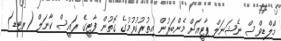
މޯލްޑިވްސް ނެޝަނަލް ޕާޓީއަށް މެންބަރުން އިތުރުކުރުމުގެ ގޮތުން ފާޓީގެ ރައީސް ކާނަލް (ރޓޑ)